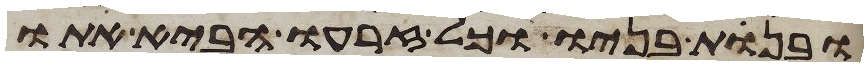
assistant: ובנות בניו וכל זרעו הביא אתו